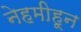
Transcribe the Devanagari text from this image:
नेहमीहून